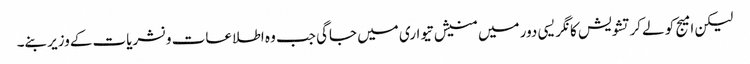
لیکن امیج کو لےکرتشویش کانگریسی دور میں منیش تیواری میں جاگی جب وہ اطلاعات ونشریات کےوزیر بنے۔